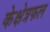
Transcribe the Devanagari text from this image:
केक्षेत्रफल